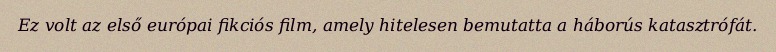
Ez volt az első európai fikciós film, amely hitelesen bemutatta a háborús katasztrófát.